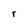
Character: r